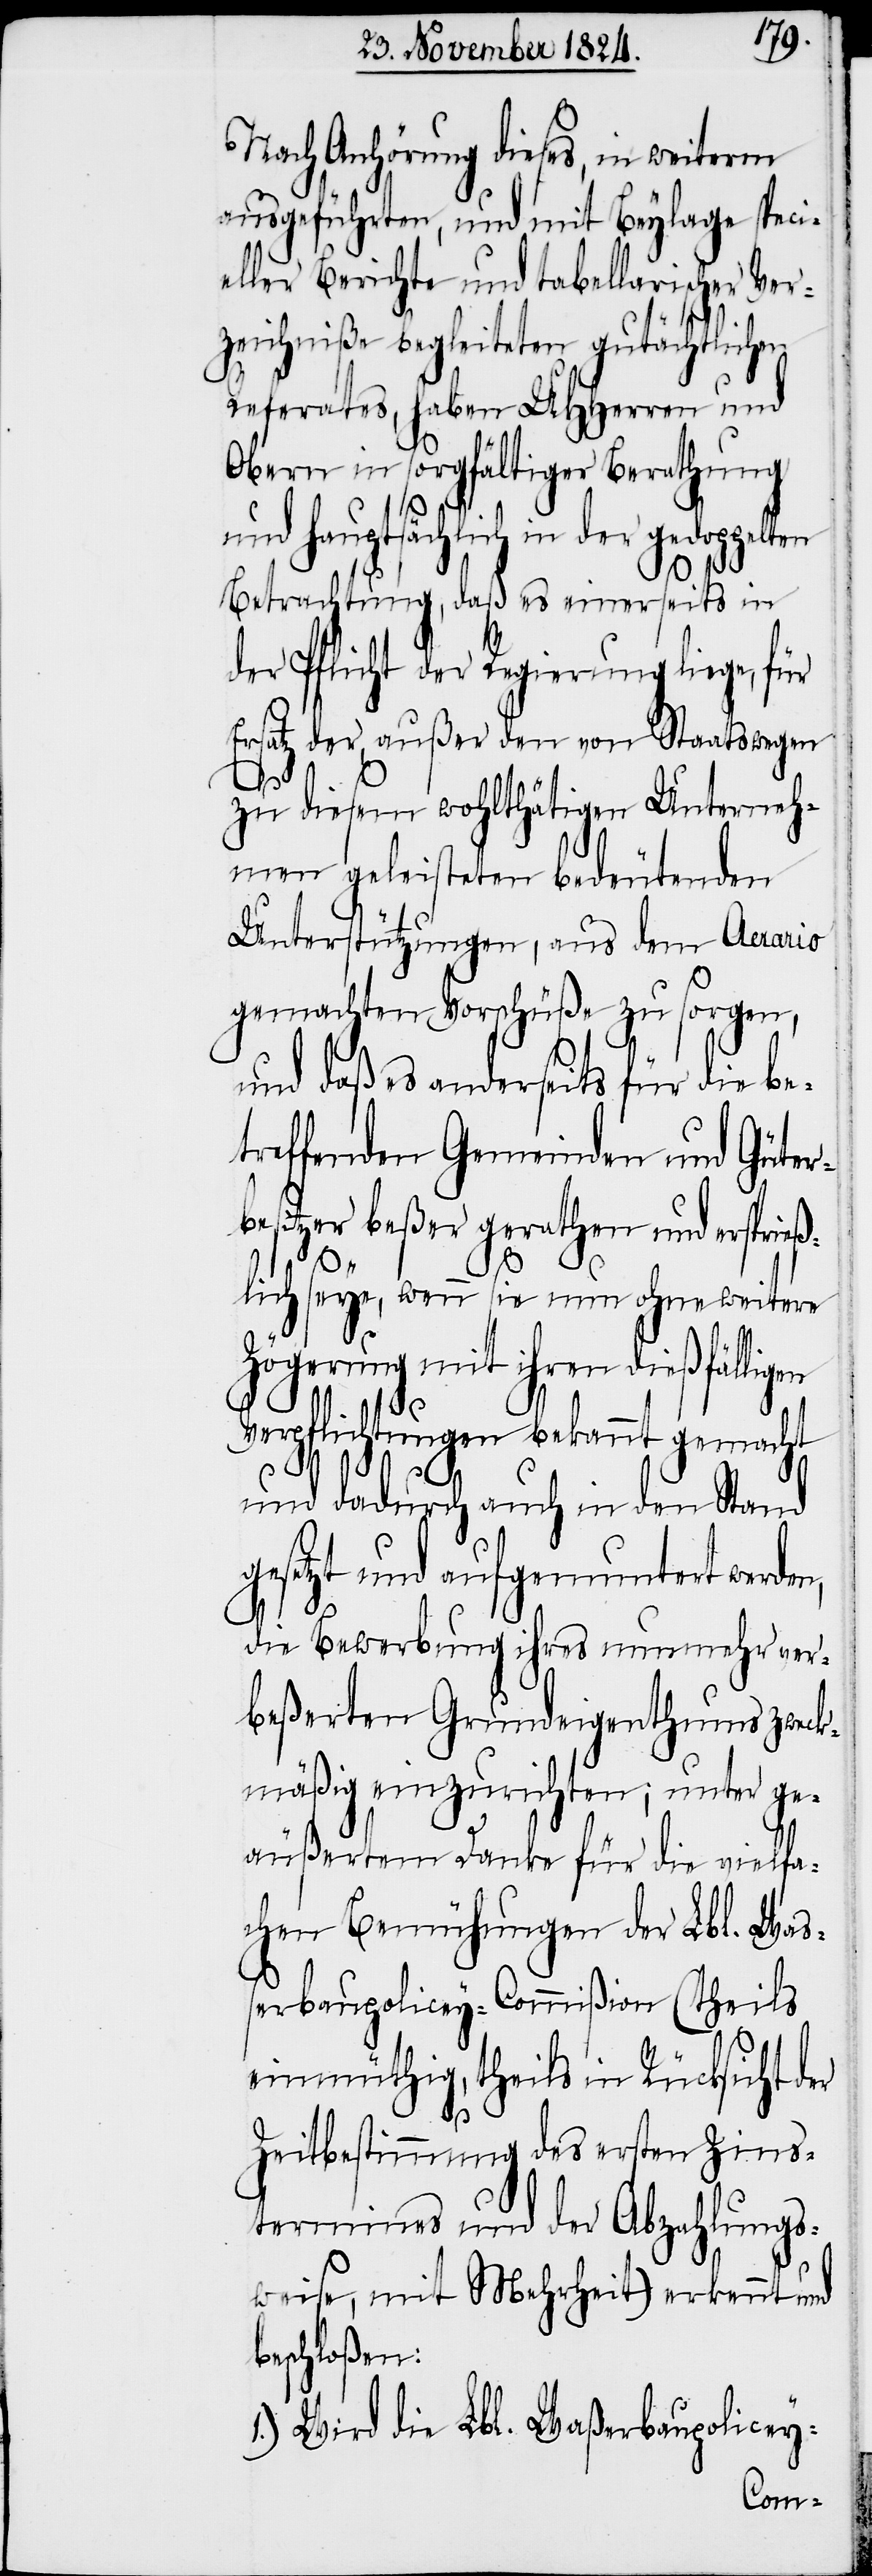
Nach Anhörung dieses, in weiterm
ausgeführten, und mit Beylage speci¬
eller Berichte und tabellarischer Ver¬
zeichniße begleiteten gutächtlichen
Referates, haben UHHerren und
Obern in sorgfältiger Berathung
und hauptsächlich in der
Betrachtung, daß es einerseits in
der Pflicht der Regierung liege, für
Ersatz der außer den von Staatswegen
zu diesem wohlthätigen Unterneh¬
men geleisteten bedeutenden
Unterstützungen, aus dem Aerario
gemachten Vorschüße zu sorgen,
und daß es anderseits für die be¬
treffenden Gemeinden und Güte¬
rbesitzer beßer gerathen und ersprieß¬
er
lich seye, wenn sie nun ohne weitere
Zögerung mit ihren dießfälligen
n,
Verpflichtungen bekannt gemacht
und dadurch auch in den Stand
gesetzt und aufgemuntert werde¬
die Bewerbung ihres nunmehr ver¬
beßerten Grundeigenthums zweck¬
mäßig einzurichten; unter ge¬
äußertem Danke für die vielfa¬
chen Bemühungen der Lbl. Waß¬
erbaupolicey-Commißion (theils
einmüthig, theils in Rücksicht d¬
Zeitbestimmung des ersten Zins¬
termines und der Abzahlungs¬
weise, mit Mehrheit) erkennt und
beschloßen:
1.) Wird die Lbl. Waßerbaupolicey-